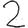
Digit: 2